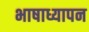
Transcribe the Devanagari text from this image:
भाषाध्यापन